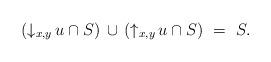
LaTeX: \begin{align*}\begin{minipage}[c]{35pc}$({\downarrow_{x,y}}\,u\cap S)\,\cup\,({\uparrow_{x,y}}\,u\cap S)\ =\ S.$\end{minipage}\end{align*}